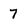
Character: 7